Insane asylums in Bengal annual reports 1867-1875 - 1867-1875
Year: 1867
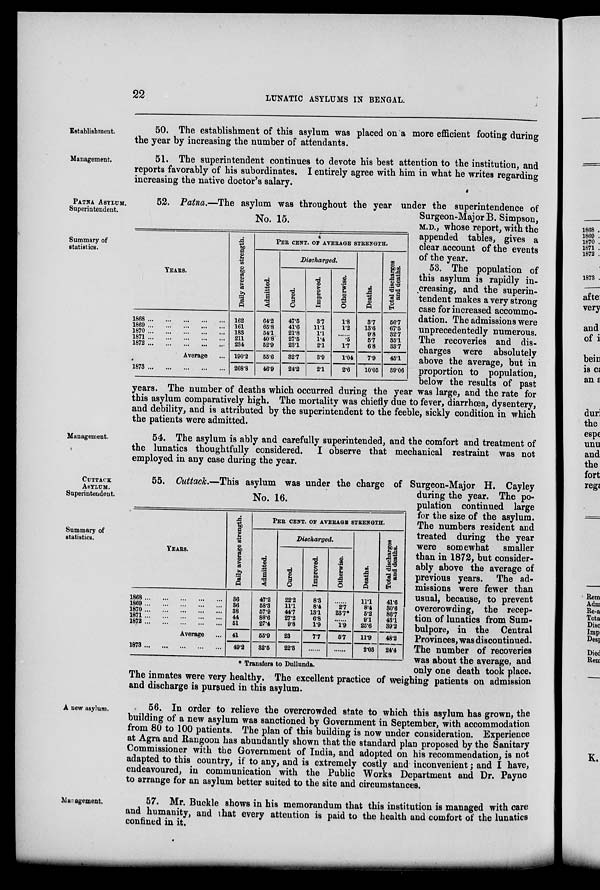
22
LUNATIC ASYLUMS IN BENGAL.
Establishment.
50. The establishment of this asylum was placed on a more efficient footing during
the year by increasing the number of attendants.
Management.
51. The superintendent continues to devote his best attention to the institution, and
reports favorably of his subordinates. I entirely agree with him in what he writes regarding
increasing the native doctor's salary.
PATNA ASYLUM
Superintendent.
52. Patna.—The asylum was throughout the year under the superintendence of
Surgeon-Major B. Simpson,
M.D., whose report, with the
appended tables, gives a
clear account of the events
of the year.
53. The population of
this asylum is rapidly in-
creasing, and the superin-
tendent makes a very strong
case for increased accommo-
dation. The admissions were
unprecedentedly numerous.
The recoveries and dis-
charges were absolutely
above the average, but in
proportion to population,
below the results of past
years. The number of deaths which occurred during the year was large, and the rate for
this asylum comparatively high. The mortality was chiefly due to fever, diarrhœa, dysentery,
and debility, and is attributed by the superintendent to the feeble, sickly condition in which
the patients were admitted.
Summary of
statistics.
No. 15.
YEARS.
1868
...
...
...
...
...
1869
...
...
...
...
...
1870
...
...
...
...
...
1871 ... ... ... ... ...
1872
...
...
...
...
...
Average ...
1873
...
...
...
...
...
Daily average strength.
162
161
183
211
234
190.2
268.8
PER CENT. OF AVERAGE STRENGHT.
Admitted.
64.2
65.8
54.1
40.8
52.9
55.6
46.9
Discharged.
Cured.
47.5
41.6
21.8
27.5
23.1
32.7
24.2
Improved.
3.7
11.1
1.1
1.4
2.1
3.9
2.1
Otherwise.
1.8
1.2
......
.5
1.7
1.04
2.6
Deaths.
3.7
13.6
9.8
5.7
6.8
7.9
10.05
Total discharges
and deaths.
56.7
67.5
32.7
35.1
33.7
45.1
39.06
Management.
54. The asylum is ably and carefully superintended, and the comfort and treatment of
the lunatics thoughtfully considered. I observe that mechanical restraint was not
employed in any case during the year.
CUTTACK
ASYLUM.
Superintendent.
No. 16.
YEARS.
1868
...
...
...
...
...
1869
...
...
...
...
...
1870
...
...
...
...
...
1871
...
...
...
...
...
1872
...
...
...
...
...
Average ...
1873
...
...
...
...
...
Daily average strength.
36
36
38
44
51
41
49.2
PER CENT. OF AVERAGE STRENGTH.
47.2
58.3
57.9
88.6
27.4
55.9
32.5
Discharged.
Cured.
22.2
11.1
44.7
27.2
9.8
23
22.3
Improved.
8.3
8.4
13.1
6.8
1.9
7.7
.......
Otherwise.
.......
2.7
23.7*
.......
1.9
5.7
.......
Deaths.
11.1
8.4
5.2
9.1
25.6
11.9
2.03
Total discharges
and deaths.
41.6
30.6
86.7
43.1
39.2
48.2
24.4
* Transfers to Dullunda.
Summary of
statistics.
55. Cuttack.—This asylum was under the charge of Surgeon-Major H. Cayley
during the year. The po-
pulation continued large
for the size of the asylum.
The numbers resident and
treated during the year
were somewhat smaller
than in 1872, but consider-
ably above the average of
previous years. The ad-
missions were fewer than
usual, because, to prevent
overcrowding, the recep-
tion of lunatics from Sum.
bulpore, in the Central
Provinces, was discontinued.
The number of recoveries
was about the average, and
only one death took place.
The inmates were very healthy. The excellent practice of weighing patients on admission
and discharge is pursued in this asylum.
A new asylum.
56. In order to relieve the overcrowded state to which this asylum has grown, the
building of a new asylum was sanctioned by Government in September, with accommodation
from 80 to 100 patients. The plan of this building is now under consideration. Experience
at Agra and Rangoon has abundantly shown that the standard plan proposed by the Sanitary
Commissioner with the Government of India, and adopted on his recommendation, is not
adapted to this country, if to any, and is extremely costly and inconvenient; and I have,
endeavoured, in communication with the Public Works Department and Dr. Payne
to arrange for an asylum better suited to the site and circumstances.
Management.
57. Mr. Buckle shows in his memorandum that this institution is managed with care
and humanity, and that every attention is paid to the health and comfort of the lunatics
confined in it.